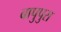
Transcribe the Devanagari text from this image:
बापुपुरा